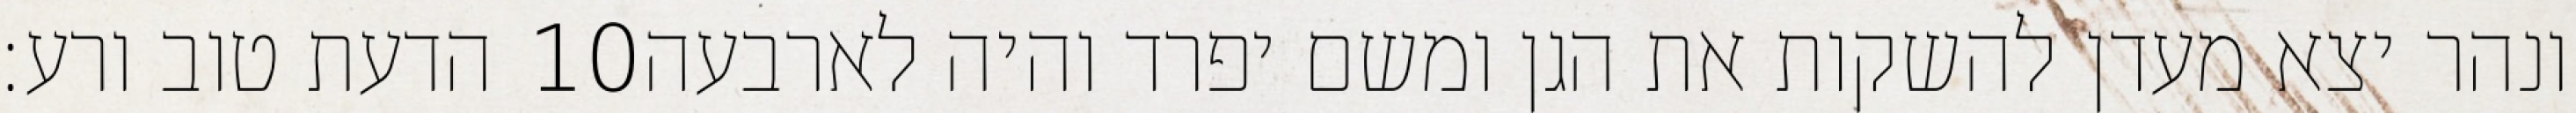
הדעת טוב ורע׃ ‎10‏ ונהר יצא מעדן להשקות את הגן ומשם יפרד והיה לארבעה